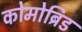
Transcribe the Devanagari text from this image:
कोमोब्रिड